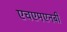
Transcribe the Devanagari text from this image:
एचएमएनबी